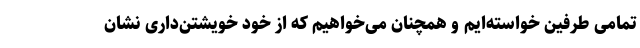
تمامی طرفین خواسته‌ایم و همچنان می‌خواهیم که از خود خویشتن‌داری نشان